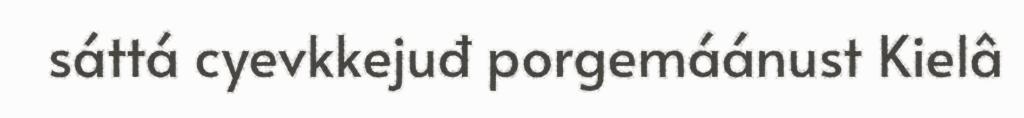
sáttá cyevkkejuđ porgemáánust Kielâ